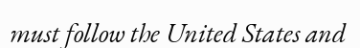
must follow the United States and